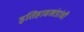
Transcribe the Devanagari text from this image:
इतिहासखंडांची